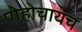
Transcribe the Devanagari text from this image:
पोहोचायच